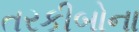
તરકીબોના